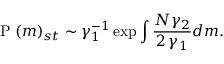
\mathrm { ~ P ~ } ( m ) _ { s t } \sim \gamma _ { 1 } ^ { - 1 } \exp \int \frac { N \gamma _ { 2 } } { 2 \, \gamma _ { 1 } } d m .